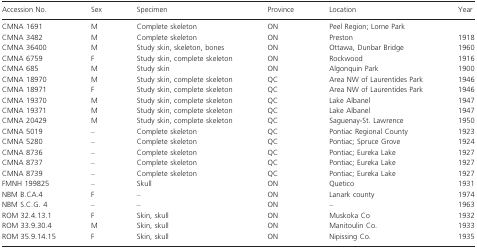
| Accession No. | Sex | Specimen | Province | Location | Year |
 | --- | --- | --- | --- | --- | --- |
 | CMNA 1691 | M | Complete skeleton | ON | Peel Region; Lorne Park |  |
 | CMNA 3482 | M | Complete skeleton | ON | Preston | 1918 |
 | CMNA 36400 | M | Study skin, skeleton, bones | ON | Ottawa, Dunbar Bridge | 1960 |
 | CMNA 6759 | F | Study skin, complete skeleton | ON | Rockwood | 1916 |
 | CMNA 685 | M | Study skin | ON | Algonquin Park | 1900 |
 | CMNA 18970 | M | Study skin, complete skeleton | QC | Area NW of Laurentides Park | 1946 |
 | CMNA 18971 | F | Study skin, complete skeleton | QC | Area NW of Laurentides Park | 1946 |
 | CMNA 19370 | M | Study skin, complete skeleton | QC | Lake Albanel | 1947 |
 | CMNA 19371 | M | Study skin, complete skeleton | QC | Lake Albanel | 1947 |
 | CMNA 20429 | M | Study skin, complete skeleton | QC | Saguenay-St. Lawrence | 1950 |
 | CMNA 5019 | – | Complete skeleton | QC | Pontiac Regional County | 1923 |
 | CMNA 5280 | – | Complete skeleton | QC | Pontiac; Spruce Grove | 1924 |
 | CMNA 8736 | – | Complete skeleton | QC | Pontiac; Eureka Lake | 1927 |
 | CMNA 8737 | – | Complete skeleton | QC | Pontiac; Eureka Lake | 1927 |
 | CMNA 8739 | – | Complete skeleton | QC | Pontiac; Eureka Lake | 1927 |
 | FMNH 199825 | – | Skull | ON | Quetico | 1931 |
 | NBM B.CA.4 | F | – | ON | Lanark county | 1974 |
 | NBM S.C.G. 4 | – | – | ON | – | 1963 |
 | ROM 32.4.13.1 | F | Skin, skull | ON | Muskoka Co | 1932 |
 | ROM 33.9.30.4 | M | Skin, skull | ON | Manitoulin Co. | 1933 |
 | ROM 35.9.14.15 | F | Skin, skull | ON | Nipissing Co. | 1935 |